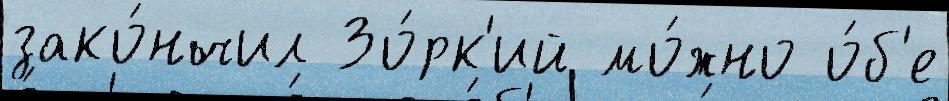
зако́нчил Зо́рк'ий мо́жно о́б'е